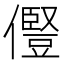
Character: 𠐊